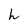
Character: h